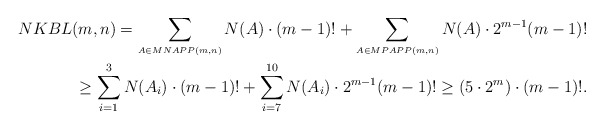
\begin{align*} NKBL(m,n) = \sum_{{\scriptscriptstyle A\in MNAPP(m,n)}} N(A) \cdot (m-1)! + \sum_{{\scriptscriptstyle A\in MPAPP(m,n)}} N(A) \cdot 2^{m-1} (m-1)! \\ \ge \sum_{i=1}^{3} N(A_i) \cdot (m-1)! + \sum_{i=7}^{10} N(A_i) \cdot 2^{m-1} (m-1)! \ge (5\cdot 2^m)\cdot (m-1)!.\end{align*}